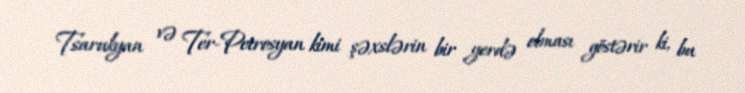
Tsarukyan və Ter-Petrosyan kimi şəxslərin bir yerdə olması göstərir ki, bu